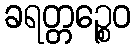
ခရတ္တဉ္စေဝ